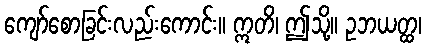
ကျော်စောခြင်းလည်းကောင်း။ ဣတိ၊ ဤသို့။ ဥဘယတ္ထ၊